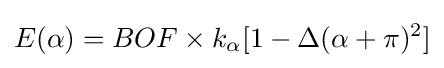
E(\alpha )=BOF\times k_{\alpha }[1-\Delta (\alpha +\pi )^{2}]